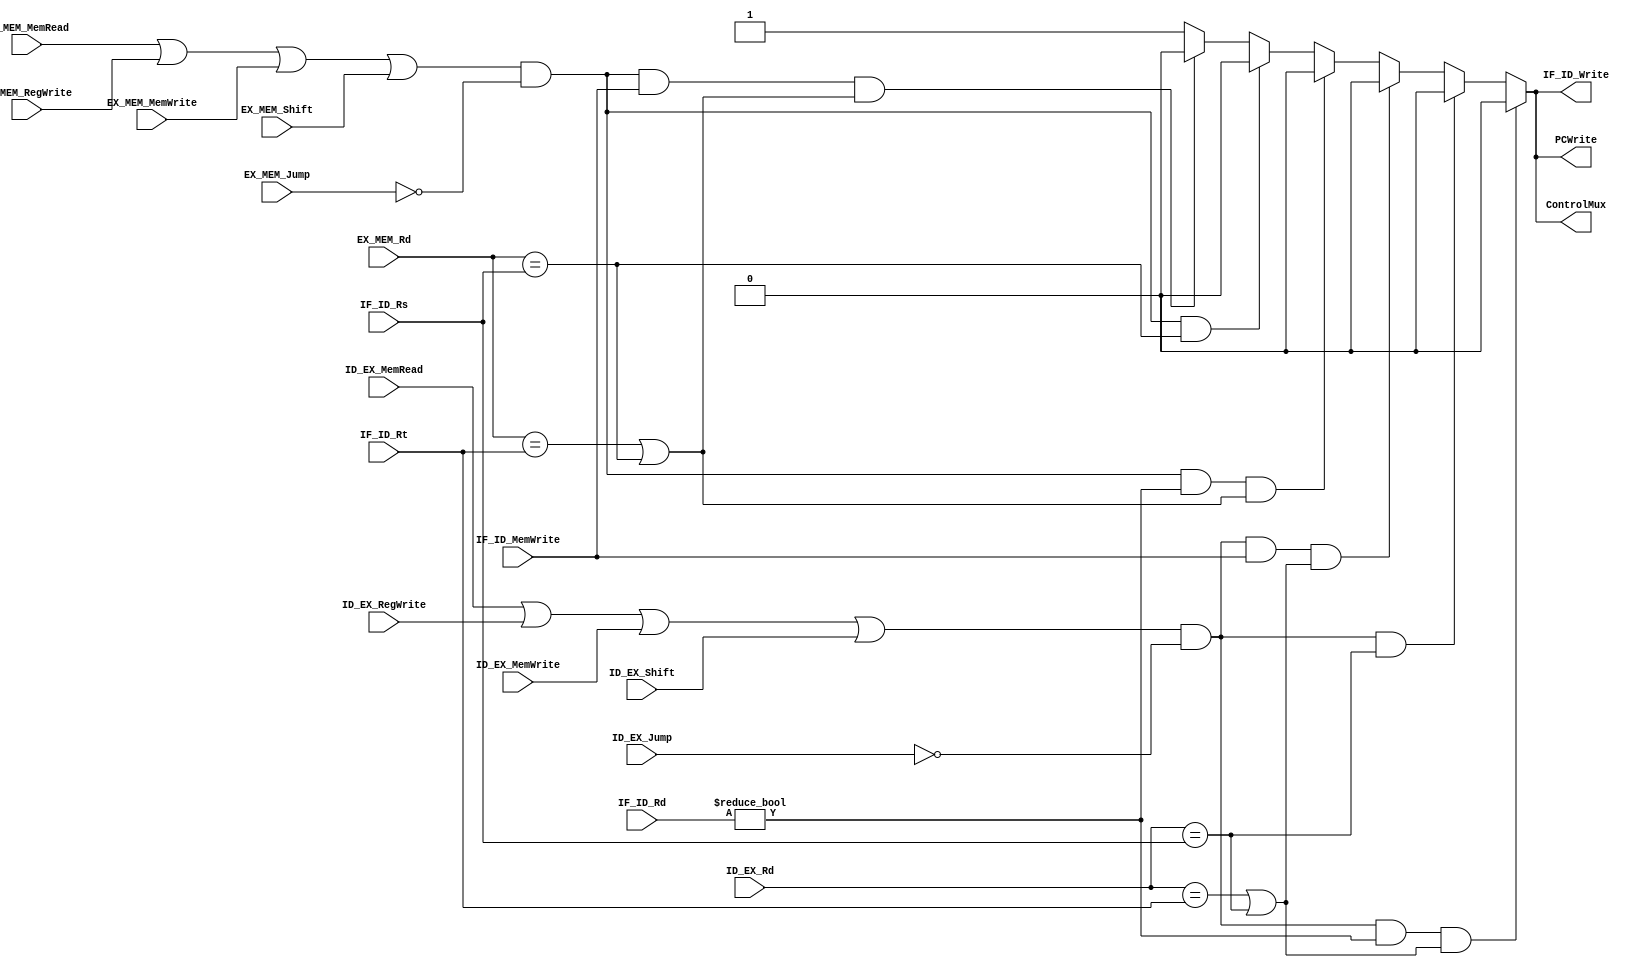
`timescale 1ns / 1ps

module HazardDetectionUnit(PCWrite, IF_ID_Write, ControlMux,
                       IF_ID_MemWrite, 
                       ID_EX_MemRead, ID_EX_RegWrite, ID_EX_MemWrite, ID_EX_Shift, ID_EX_Jump, EX_MEM_MemRead, EX_MEM_RegWrite, EX_MEM_MemWrite, EX_MEM_Shift, EX_MEM_Jump, 
                       IF_ID_Rt, IF_ID_Rs, IF_ID_Rd,/*ID_EX_Rt,*/ ID_EX_Rd, /*EX_MEM.Rt,*/ EX_MEM_Rd); // at MEM stage, Rt and Rd joins, so we only need Rd to represent both
    input ID_EX_MemRead, ID_EX_RegWrite, ID_EX_MemWrite, ID_EX_Shift, EX_MEM_MemRead, EX_MEM_RegWrite, EX_MEM_MemWrite, EX_MEM_Shift;
    input [4:0] IF_ID_Rt, IF_ID_Rs, IF_ID_Rd;
    input IF_ID_MemWrite;
    input [4:0] /*ID_EX_Rt,*/ ID_EX_Rd;
    input [4:0] /*EX_MEM.Rt,*/ EX_MEM_Rd;
    input ID_EX_Jump, EX_MEM_Jump;

    output reg PCWrite, IF_ID_Write, ControlMux;
    
    // Combine rt and rd for both
    // not always reading from rt
    // ------------- RESOLVED
    
    // need hazard detection for JR
    

    initial begin
        PCWrite <= 1;
        IF_ID_Write <= 1;
        ControlMux <= 1;
    end

    always @(*) begin

        PCWrite <= 1;
        IF_ID_Write <= 1;
        ControlMux <= 1;

        // lw or any I-type followed by R-type - stall 1
//        if ((ID_EX_MemRead == 1 || ID_EX_RegWrite == 1 || ID_EX_MemWrite == 1 || ID_EX_Shift == 1) && ( ID_EX_Rt == IF_ID_Rt || ID_EX_Rt == IF_ID_Rs)) begin
//            PCWrite <= 0;
//            IF_ID_Write <= 0;
//            ControlMux <= 0;
//        end

        // lw or any I-type followed by R-type - stall 2
        if ((EX_MEM_MemRead == 1 || EX_MEM_RegWrite == 1 || EX_MEM_MemWrite == 1 || EX_MEM_Shift == 1) && (EX_MEM_Jump != 1) && (IF_ID_Rd != 0) && ((EX_MEM_Rd == IF_ID_Rt) || (EX_MEM_Rd == IF_ID_Rs))) begin
            PCWrite <= 0;
            IF_ID_Write <= 0;
            ControlMux <= 0;
        end 
        else if ((EX_MEM_MemRead == 1 || EX_MEM_RegWrite == 1 || EX_MEM_MemWrite == 1 || EX_MEM_Shift == 1) && (EX_MEM_Jump != 1) && (EX_MEM_Rd == IF_ID_Rs)) begin
            PCWrite <= 0;
            IF_ID_Write <= 0;
            ControlMux <= 0; 
        end 
        else if ((EX_MEM_MemRead == 1 || EX_MEM_RegWrite == 1 || EX_MEM_MemWrite == 1 || EX_MEM_Shift == 1) && (EX_MEM_Jump != 1) && (IF_ID_MemWrite == 1) && ((EX_MEM_Rd == IF_ID_Rt) || (EX_MEM_Rd == IF_ID_Rs))) begin
            PCWrite <= 0;
            IF_ID_Write <= 0;
            ControlMux <= 0;
        end            

        // R-type followed by R-type or followed by sw - stall 1
        if ((ID_EX_MemRead == 1 || ID_EX_RegWrite == 1 || ID_EX_MemWrite == 1 || ID_EX_Shift == 1) && (ID_EX_Jump != 1) && (IF_ID_Rd != 0) && (ID_EX_Rd == IF_ID_Rt || ID_EX_Rd == IF_ID_Rs)) begin
            PCWrite <= 0;
            IF_ID_Write <= 0;
            ControlMux <= 0;            
        end
        else if ((ID_EX_MemRead == 1 || ID_EX_RegWrite == 1 || ID_EX_MemWrite == 1 || ID_EX_Shift == 1) && (ID_EX_Jump != 1) && (ID_EX_Rd == IF_ID_Rs)) begin
            PCWrite <= 0;
            IF_ID_Write <= 0;
            ControlMux <= 0;
        end
        else if ((ID_EX_MemRead == 1 || ID_EX_RegWrite == 1 || ID_EX_MemWrite == 1 || ID_EX_Shift == 1) && (ID_EX_Jump != 1) && (IF_ID_MemWrite == 1) && (ID_EX_Rd == IF_ID_Rt || ID_EX_Rd == IF_ID_Rs)) begin             
            PCWrite <= 0;
            IF_ID_Write <= 0;
            ControlMux <= 0;
        end
        // // R-type followed by R-type or followed by sw - stall 2
        // if ((EX_MEM.RegWrite == 1 || EX_MEM.MemWrite == 1 || EX_MEM.Shift == 1) && (EX_MEM.Rd == IF_ID.Rt || EX_MEM.Rd == IF_ID.Rs)) begin
        //     PCWrite <= 0;
        //     IF_ID.Write < =0;
        //     ControlMux <= 0;            
        // end




    end
    
endmodule